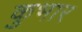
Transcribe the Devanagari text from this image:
कुभार